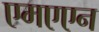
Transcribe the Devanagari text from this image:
एमएएन